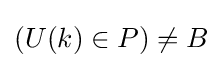
(U(k)\in P)\neq B